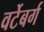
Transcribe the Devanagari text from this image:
वर्टेबर्ग